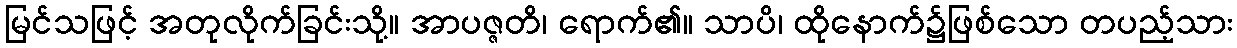
မြင်သဖြင့် အတုလိုက်ခြင်းသို့။ အာပဇ္ဇတိ၊ ရောက်၏။ သာပိ၊ ထိုနောက်၌ဖြစ်သော တပည့်သား